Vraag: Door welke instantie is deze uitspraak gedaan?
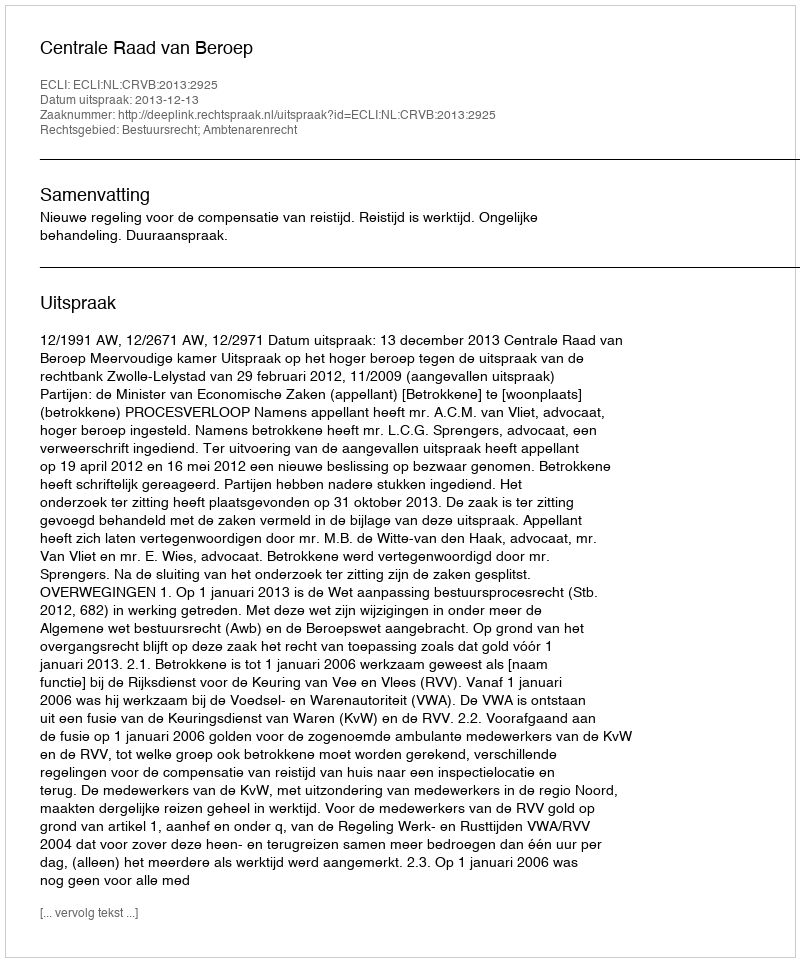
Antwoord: Centrale Raad van Beroep